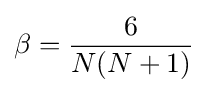
\beta ={\frac {6}{N(N+1)}}